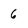
Character: 6